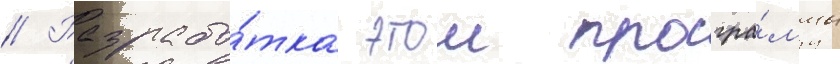
// Разрабо́тка этои програ́ммы